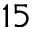
1 5